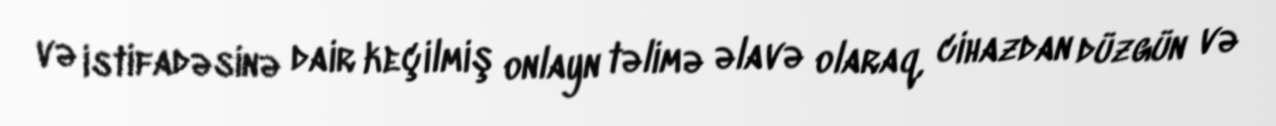
və istifadəsinə dair keçilmiş onlayn təlimə əlavə olaraq, cihazdan düzgün və